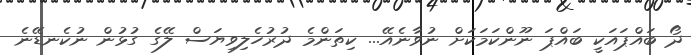
ދޯ ބައްޕައަކީ ބައްޕަ ނޫންކަމަކަށް ނުވާނެއޭ... ކިތަންމެ ދުރުހެލިވިޔަސް ލޭގެ ގުޅުން ނުކެނޑޭނެ